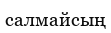
салмайсың